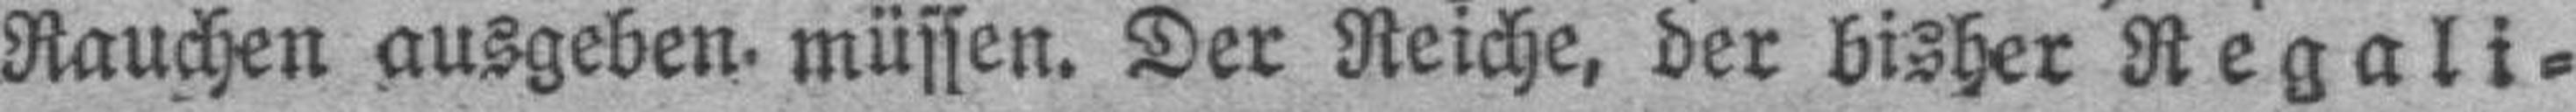
Rauchen ausgeben, müssen. Der Reiche, der bisher Regali¬